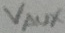
Text: VAUX